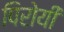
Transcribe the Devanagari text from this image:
पिरोयी